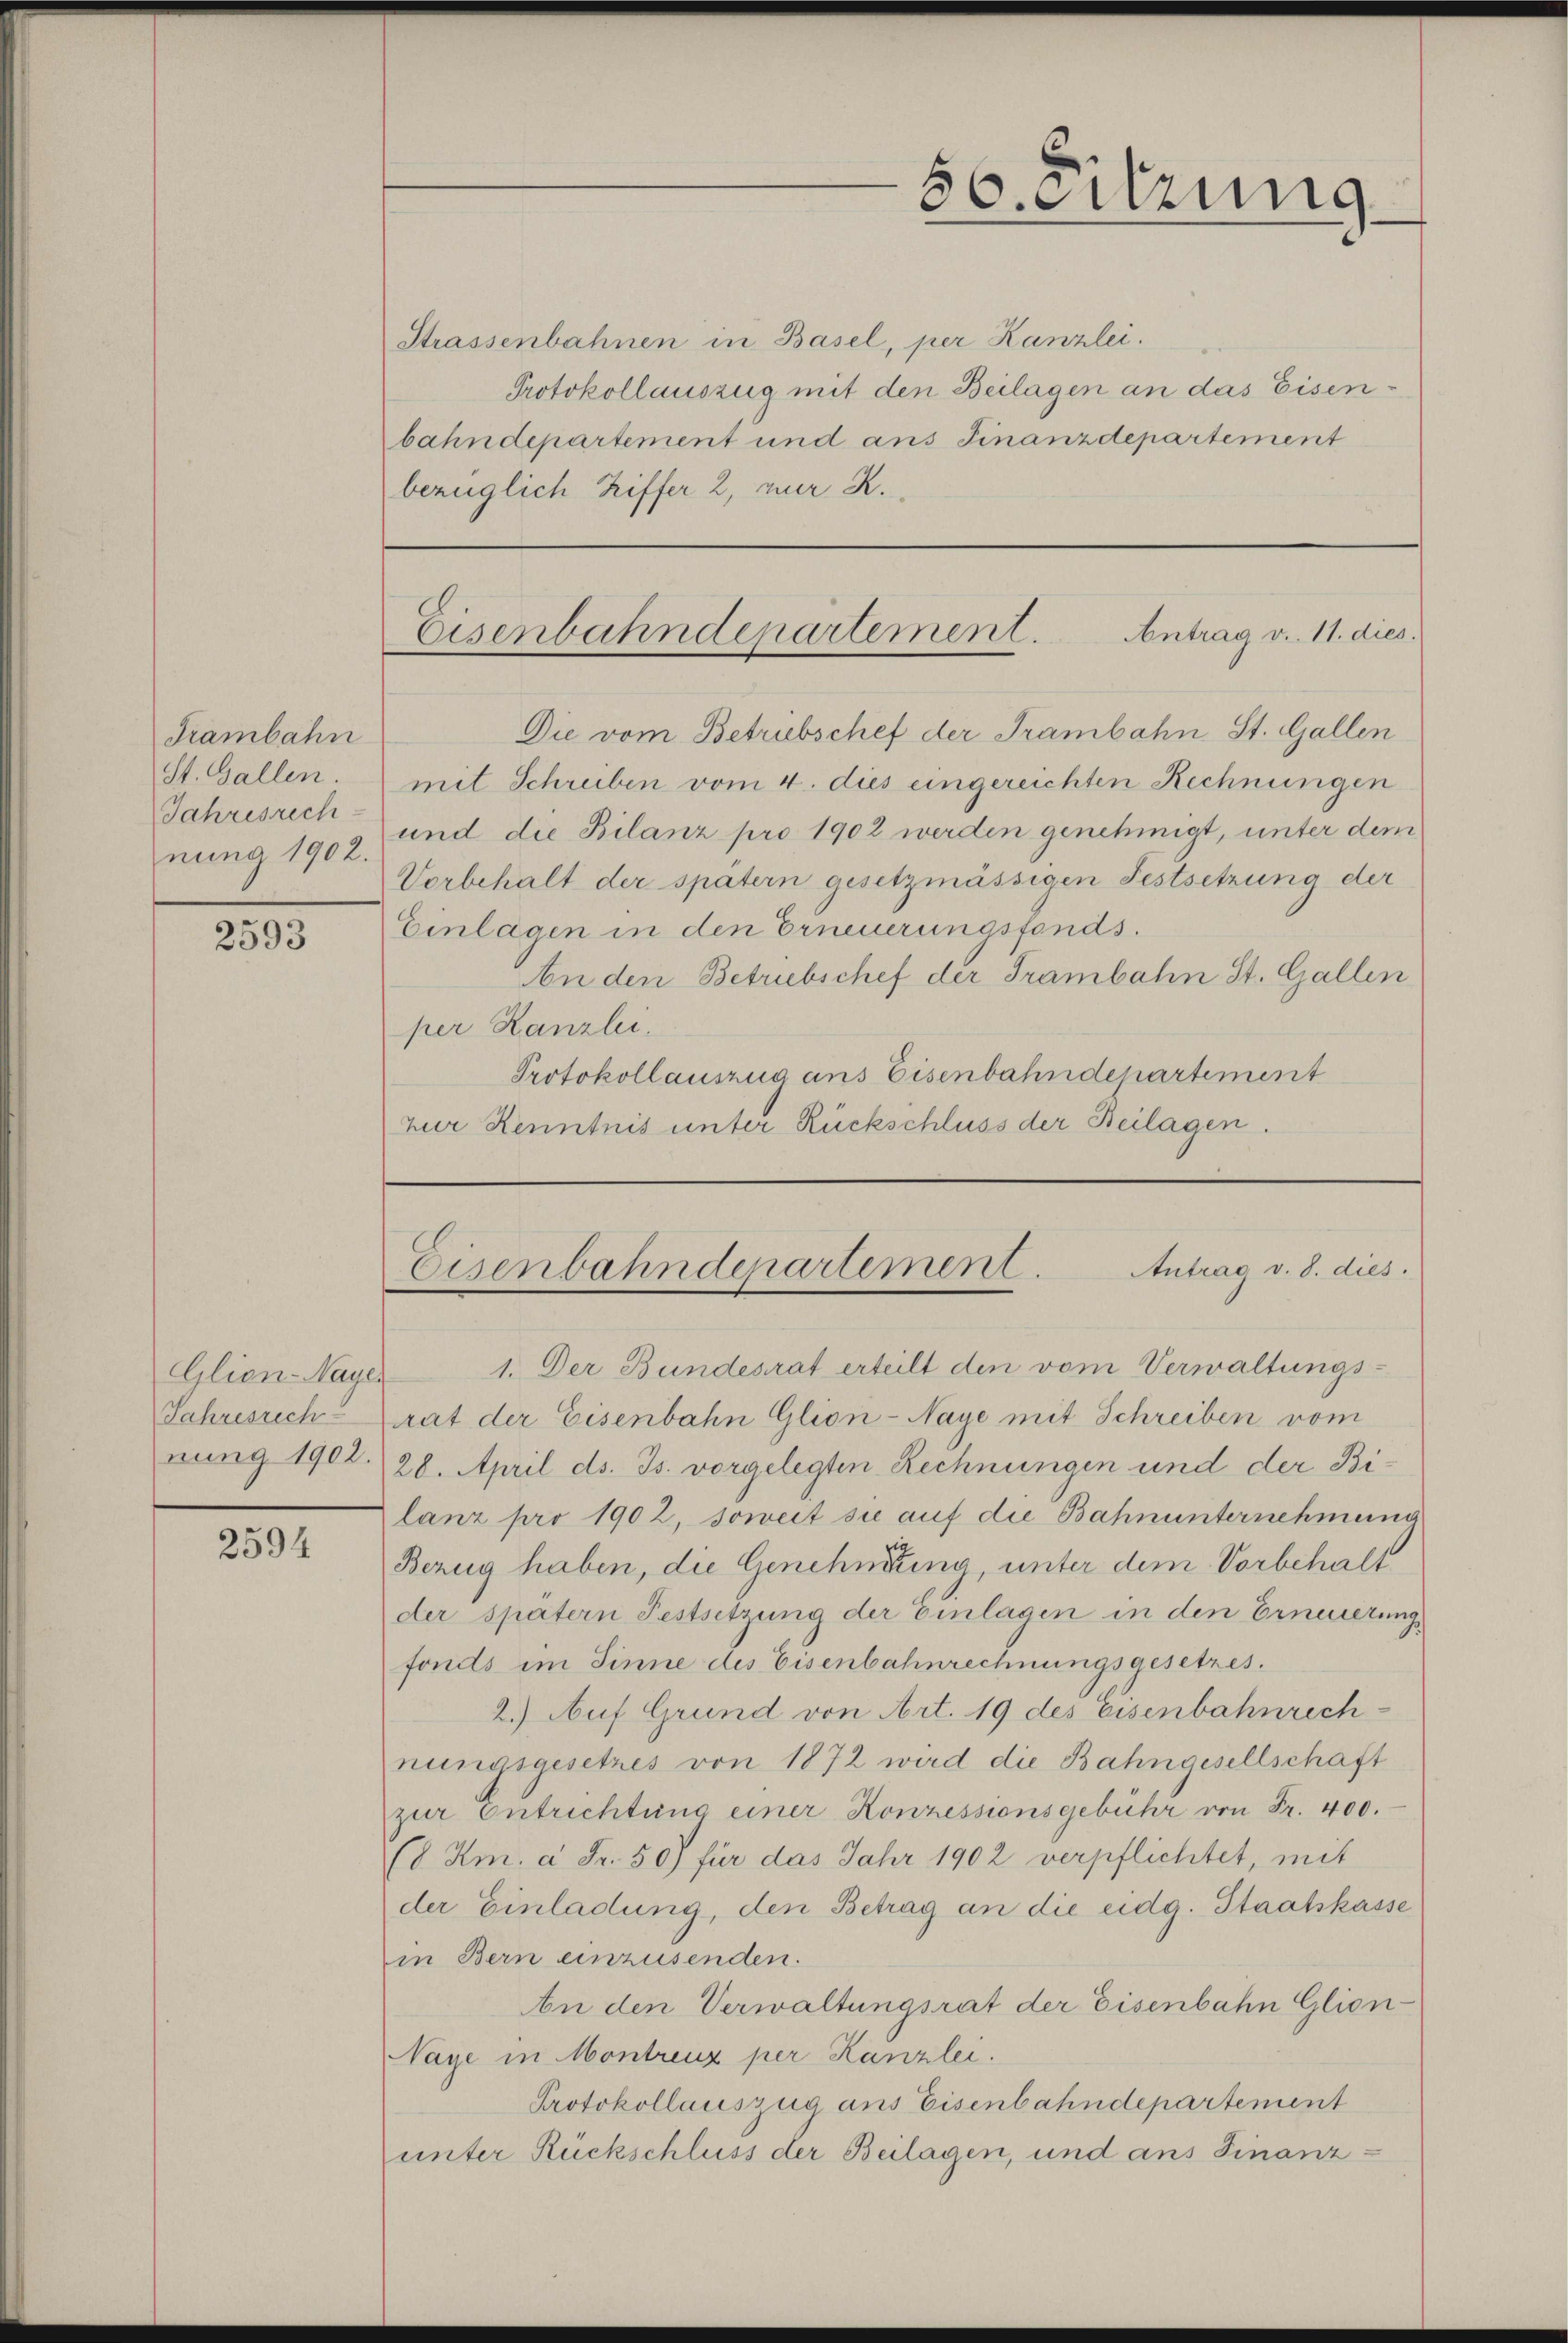
Trambahn
St. Gallen.
Jahresrech
nung 1902.

2593

Glien-Nayer
Jahresrech
nung 1902.

2594

Strassenbahnen in Basel, per Kanzlei.
Protokollauszug mit den Beilagen an das Eisenbahndepartement und ans Finanzdepartement
bezüglich Riffer 2, zur R.

Die vom Betriebschef der Trambahn St. Gallen
mit Schreiben vom 4. dies eingereichten Rechnungen
und die Bilanz pro 1902 werden genehmigt, unter dem
Vorbehalt der spätern gesetzmässigen Festsetzung der
Einlagen in den Erneuerungsfonds.
An den Betriebschef der Trambahn St. Gallen
per Kanzlei.
Protokollauszug aus Eisenbahndepartement
zur Kenntnis unter Rückschluss der Beilagen.

s
Sitzung

Eisenbahndepartement. Antrag v. 11. dies

Antrag v. 8. dies.
Eisenbahndepartement.

1. Der Bundesrat erteilt den vom Verwaltungs-
rat der Eisenbahn Glion-Naye mit Schreiben vom
20. April ds. Js. vorgelegten Rechnungen und der Bilanz pro 1902, soweit sie auf die Bahnunternehmung
Bezug haben, die Genehmung, unter dem Vorbehalt
der spätern Festsetzung der Einlagen in den Erneuerungs
fonds im Sinne des Eisenbahnrechnungsgesetzes.
2.) Auf Grund von Art. 19 des Eisenbahnrech
nungsgesetzes von 1872 wird die Bahngesellschaft
zur Entrichtung einer Konzessionsgebühr von Fr. 400.
(8 Km. à Fr. 50) für das Jahr 1902 verpflichtet, mit
der Einladung, den Betrag an die eidg. Staatskasse
in Bern einzusenden.
An den Verwaltungsrat der Eisenbahn Glion¬
Naye in Montreuz per Kanzlei.
Protokollauszug aus Eisenbahndepartement
unter Rückschluss der Beilagen, und ans Finanz¬